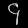
Digit: ၄